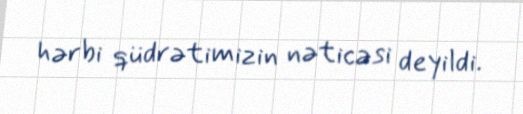
hərbi qüdrətimizin nəticəsi deyildi.